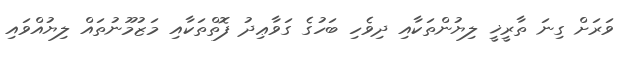
ވަރަށް ގިނަ ތާރީޚީ ލިޔުންތަކާއި ދިވެހި ބަހުގެ ގަވާޢިދު ފޮތްތަކާއި މަޒުމޫނުތައް ލިޔުއްވައި